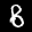
Label: 8